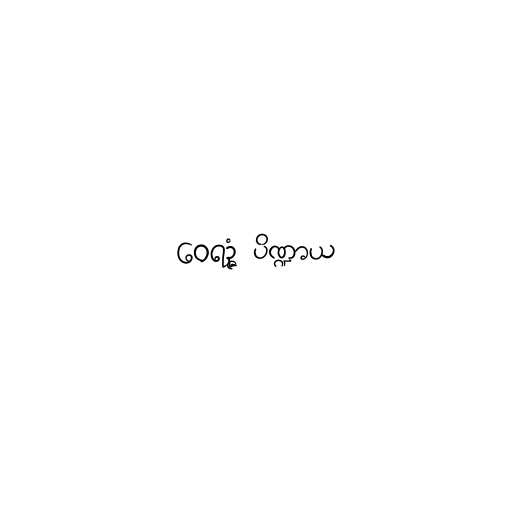
ဝေရဉ္ဇံ ပိဏ္ဍာယ